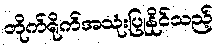
တိုက်ရိုက်အသုံးပြုနိုင်သည့်